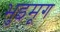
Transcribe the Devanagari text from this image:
भुइमूग